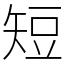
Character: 短